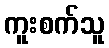
ကူးစက်သူ